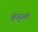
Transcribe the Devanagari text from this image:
कॅज्युअल